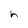
Character: h